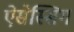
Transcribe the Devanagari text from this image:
ऐसेस्सिग